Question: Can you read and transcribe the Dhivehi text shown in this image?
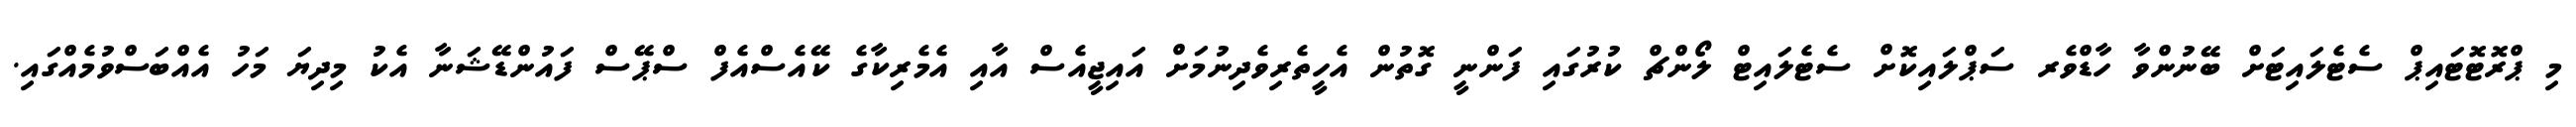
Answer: މި ޕްރޮޓޮޓައިޕް ސެޓެލައިޓަށް ބޭނުންވާ ހާޑްވެރ ސަޕްލައިކޮށް ސެޓެލައިޓް ލޯންޗް ކުރުގައި ފަންނީ ގޮތުން އެހީތެރިވެދިނުމަށް އައިޖީއެސް އާއި އެމެރިކާގެ ކޭއެސްއެފް ސްޕޭސް ފައުންޑޭޝަނާ އެކު މިދިޔަ މަހު އެއްބަސްވުމެއްގައި.